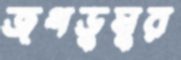
জগডুমুর